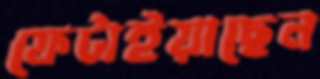
ফেটাইয়াছেন